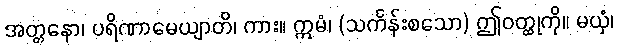
အတ္တနော၊ ပရိဏာမေယျာတိ၊ ကား။ ဣမံ၊ (သင်္ကန်းစသော) ဤဝတ္ထုကို။ မယှံ၊